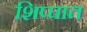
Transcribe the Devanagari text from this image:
शिप्घात